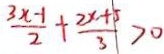
\frac { 3 x - 1 } { 2 } + \frac { 2 x + 5 } { 3 } > 0